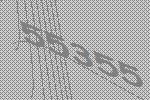
55355